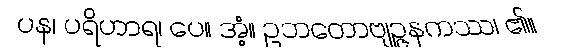
ပန၊ ပရိဟာရ၊ ပေ။ အံ့။ ဥဘတောဗျဉ္ဇနကဿ၊ ၏။